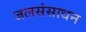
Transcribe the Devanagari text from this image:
जलसंसाधन